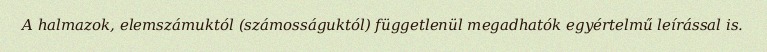
A halmazok, elemszámuktól (számosságuktól) függetlenül megadhatók egyértelmű leírással is.